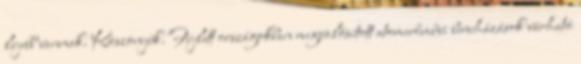
lejebb vannak. Köszönjük. Fejlett országokban megvalósított atomerőművi beruházások várható